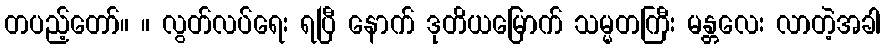
တပည့်တော်။ ။ လွတ်လပ်ရေး ရပြီ နောက် ဒုတိယမြောက် သမ္မတကြီး မန္တလေး လာတဲ့အခါ